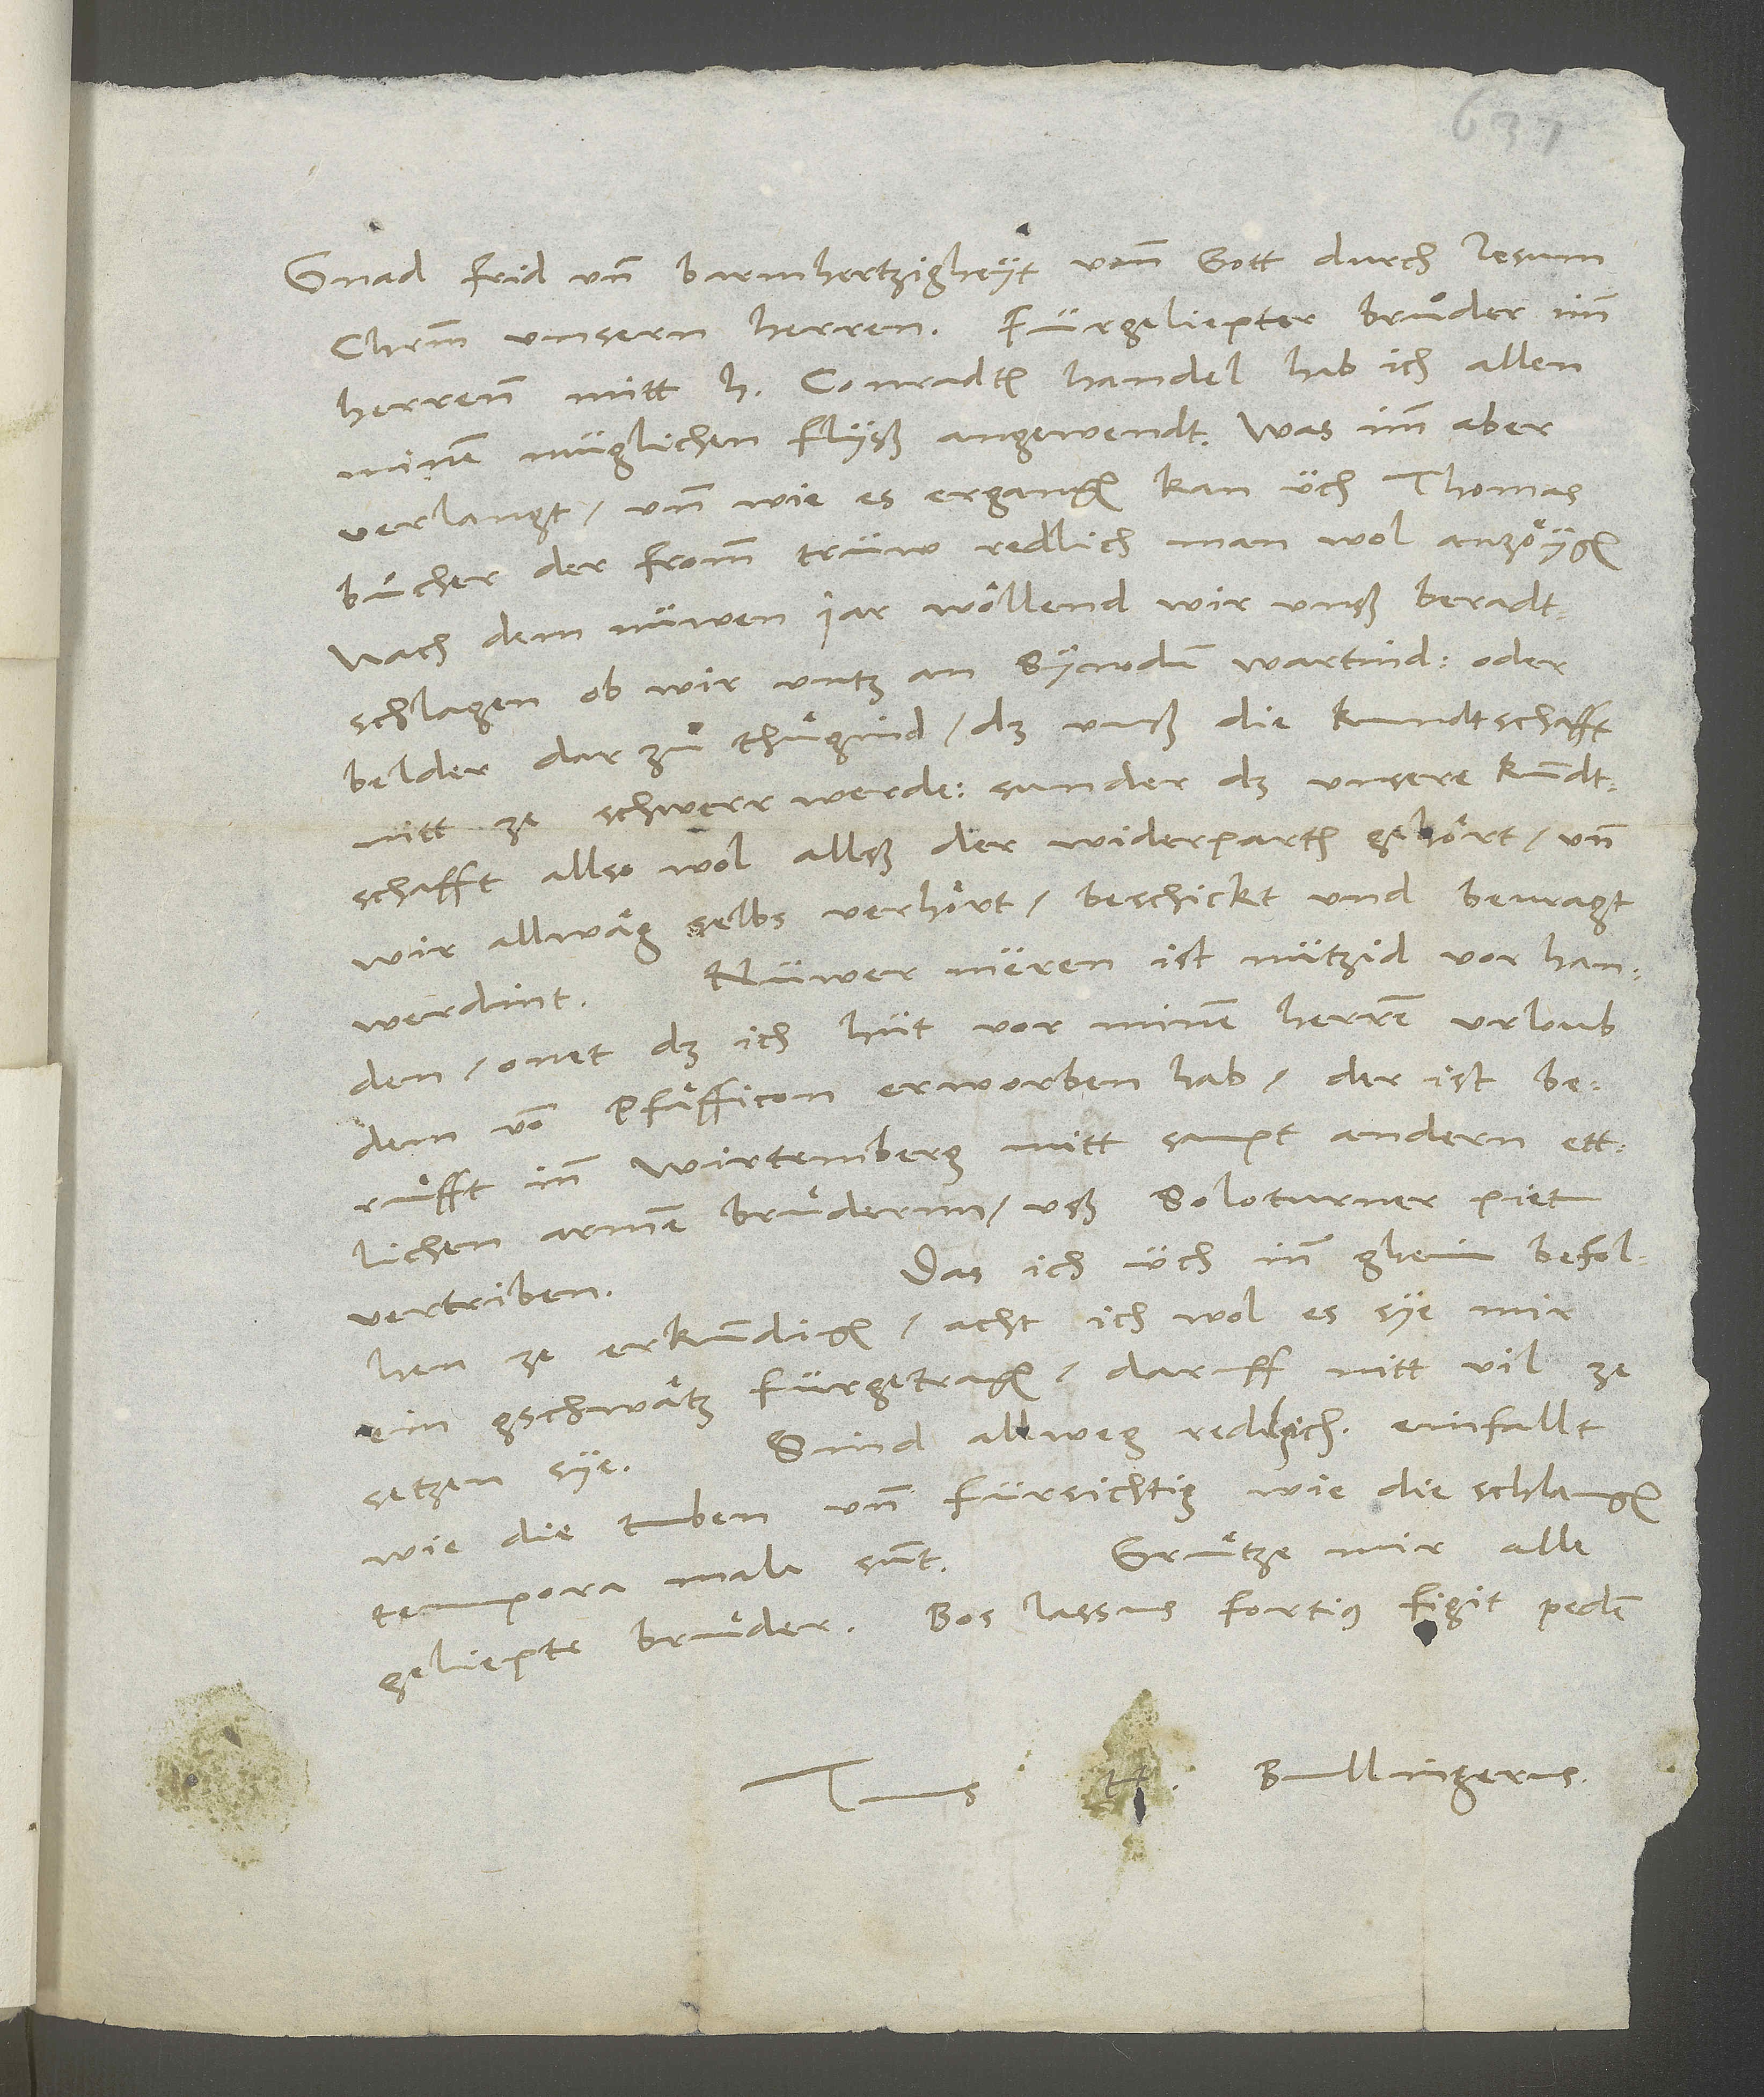
Gnad, frid und barmhertzigheyt vonn gott durch Jesum
herrenn, mitt h Conradten handel hab ich allen
minen müglichen flyß angewendt. Was imm aber
verlangt und wie es ergangen, kan üch Thomas
Buͦcher,, der fromm, trüw, redlich man wol anzöygen.
Nach dem nüwen jar wöllend wir unß beradtschlagen,
belder darzuͦ thuͤgind, daß unß die kundtschafft
nitt ze schwerr werde, sunder daß unsere kundtschafft
allso wol allß der widerparth gehört, und
wir allwäg selbs verhört, beschickt und bevragt
Nüwer meren ist nützid vorhanden,
onet daß ich hüt vor minen herren urloub
dem von Pflifficon erworben hab. Der ist
beruͤfft inn Wirtemberg mitt sampt andern ettlichen
armen bruͦdernn uß Soloturner piet
Das ich üch inn gheim befolhen
vertriben.
ze erkundigen, acht ich wol, es sye mir
ein gschwatz fürgetragen, daruff nitt vil ze
setzen sye. Sind allweg redlich, einfällt
wie die tuben und fürsichtig wie die schlangen.
Gruͤtze mir alle
Tempora mala sunt.
geliepte bruͤder. Bos lassus fortius figit pedem.
H. Bullingerus.
Tuus